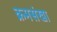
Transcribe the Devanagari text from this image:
क्रमसंखा